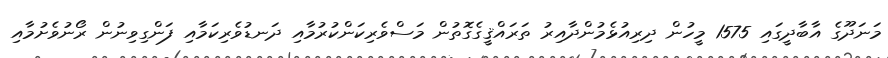
މަނަދޫގެ އާބާދީގައި 1575 މީހުން ދިރިއުޅެމުންދާއިރު ތަރައްޤީގެގޮތުން މަސްވެރިކަންކުރުމާއި ދަނޑުވެރިކަމާއި ފަންގިވިނުން ރޯނުވެށުމާއި